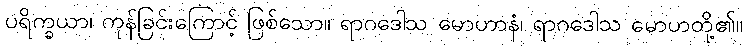
ပရိက္ခယာ၊ ကုန်ခြင်းကြောင့် ဖြစ်သော။ ရာဂဒေါသ မောဟာနံ၊ ရာဂဒေါသ မောဟတို့၏။